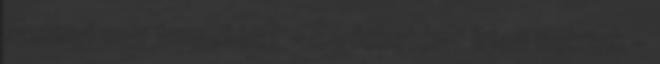
Mennyi egy temetés? – És feketén? Irjon nekünk -